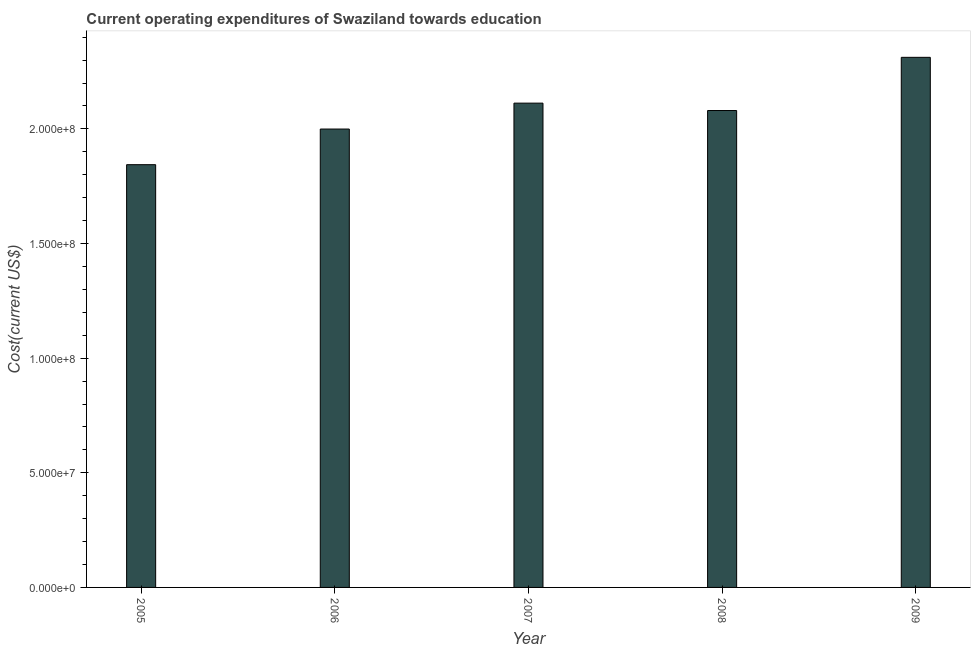
| Year | Education expenditure |
 | --- | --- |
 | 2005 | 1.84e+08 |
 | 2006 | 2e+08 |
 | 2007 | 2.11e+08 |
 | 2008 | 2.08e+08 |
 | 2009 | 2.31e+08 |